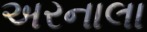
અરનાલા